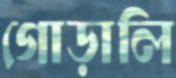
গোড়ালি